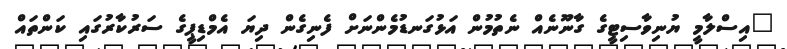
"އިސްލާމީ ޔުނިވާސިޓީގެ ގާނޫނެއް ނެތުމުން އަޅުގަނޑުމެންނަށް ފެނިގެން ދިޔަ އެމްޑިޕީގެ ސަރުކާރުގައި ކަންތައް